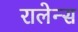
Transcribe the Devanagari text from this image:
रालेन्स